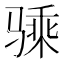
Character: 𱅢